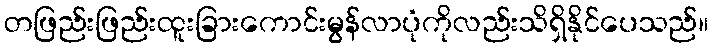
တဖြည်းဖြည်းထူးခြားကောင်းမွန်လာပုံကိုလည်းသိရှိနိုင်ပေသည်။